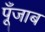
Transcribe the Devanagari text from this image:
पूँजाब